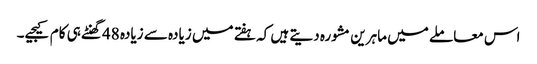
اس معاملے میں ماہرین مشورہ دیتے ہیں کہ ہفتے میں زیادہ سے زیادہ 48گھنٹے ہی کام کیجیے۔